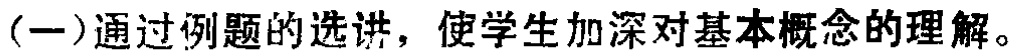
(一)通过例题的选讲，使学生加深对基本概念的理解。